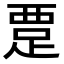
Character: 𬦭